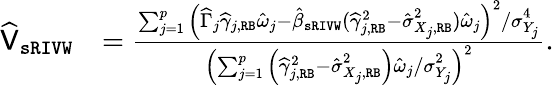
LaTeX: \begin{array}{rl}{\widehat{\mathsf{V}}_{\mathtt{sRIVW}}}&{=\frac{\sum_{j=1}^{p}\left(\widehat\Gamma_{j}\widehat\gamma_{j,\mathtt{RB}}\hat{\omega}_{j}-\hat{\beta}_{\mathtt{sRIVW}}(\widehat\gamma_{j,\mathtt{RB}}^{\mathrm{2}}-\hat{\sigma}_{X_{j},\mathtt{RB}}^{\mathrm{2}})\hat{\omega}_{j}\right)^{2}/\sigma_{Y_{j}}^{4}}{\left(\sum_{j=1}^{p}\Big(\widehat\gamma_{j,\mathtt{RB}}^{\mathrm{2}}-\hat{\sigma}_{X_{j},\mathtt{RB}}^{\mathrm{2}}\Big)\hat{\omega}_{j}/\sigma_{Y_{j}}^{2}\right)^{2}}.}\end{array}